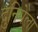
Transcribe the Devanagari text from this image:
दुनियेला